Lunatic asylums Madras 1877-1891 - 1877-1891
Year: 1877
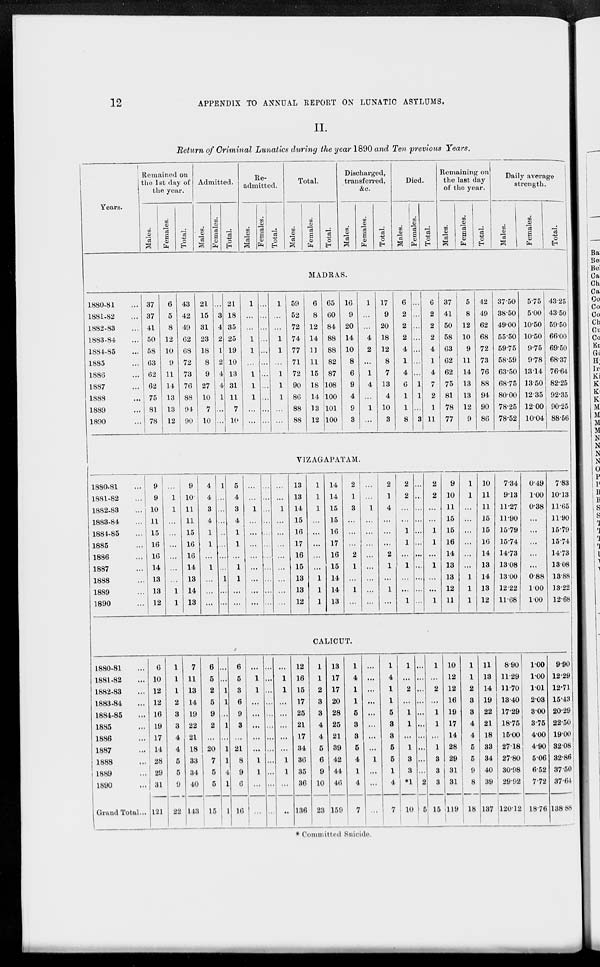
12
APPENDIX TO ANNUAL REPORT ON LUNATIC ASYLUMS.
II.
Return of Criminal Lunatics during the year 1890 and Ten previous Years.
Years.
Remained on
the 1st day of
the year.
Males.
Females.
Total.
Admitted.
Males.
females.
Total.
Re-
admitted.
Males.
Females.
Total.
Total.
Males.
Females.
Total.
Discharged,
transferred,
&c.
Males.
Females.
Total.
Died.
Males.
Females.
Total.
Remaining on
the last day
of the year.
Males.
Females.
Total.
Daily average
strength.
Males.
Females.
Total.
MADRAS.
1880-81 ...
1881-82 ...
1882-83 ...
1883-84 ...
1884-85 ...
1885 ...
1886 ...
1887
...
1888 ...
1889 ...
1890 ...
37
37
41
50
58
63
62
62
75
81
78
6
5
8
12
10
9
11
14
13
13
12
43
42
49
62
68
72
73
76
88
94
90
21
15
31
23
18
8
9
27
10
7
10
...
3
4
2
1
2
4
4
1
...
...
21
18
35
25
19
10
13
31
11
7
10
1
...
...
1
1
...
1
1
1
...
...
...
...
...
...
...
...
...
...
...
...
...
1
...
...
1
1
...
1
1
1
...
...
59
52
72
74
77
71
72
90
86
88
88
6
8
12
14
11
11
15
18
14
13
12
65
60
84
88
88
82
87
108
100
101
100
16
9
20
14
10
8
6
9
4
9
3
1
...
...
4
2
...
1
4
...
1
...
17
9
20
18
12
8
7
13
4
10
3
6
2
2
2
4
1
4
6
1
1
8
...
...
...
...
...
...
...
1
1
...
3
6
2
2
2
4
1
4
7
2
1
11
37
41
50
58
63
62
62
75
81
78
77
5
8
12
10
9
11
14
13
13
12
9
42
49
62
68
72
73
76
88
94
90
86
37.50
38.50
49.00
55.50
59.75
58.59
63.50
68.75
80.00
78.25
78.52
5.75
5.00
10.50
10.50
9.75
9.78
13.14
13.50
12.35
12.00
10.04
43.25
43.50
59.50
66.00
69.50
68.37
76.64
82.25
92.35
90.25
88.56
VIZAGAPATAM.
1880-81 ...
1881-82 ...
1882-83 ...
1883-84 ...
1884-85 ...
1885 ...
1886 ...
1887 ...
1888 ...
1889 ...
1890 ...
9
9
10
11
15
16
16
14
13
13
12
...
1
1
...
...
...
...
...
...
1
1
9
10
11
11
15
16
16
14
13
14
13
4
4
3
4
1
1
...
1
...
...
...
1
...
...
...
..
...
...
...
1
...
...
5
4
3
4
1
1
...
1
1
...
...
...
...
1
...
...
...
...
...
...
...
...
...
...
...
...
...
...
...
...
..
..
...
...
...
1
...
...
...
...
...
. ...
...
...
13
13
14
15
16
17
16
15
13
13
12
1
1
1
...
...
...
...
. . *
1
1
1
14
14
15
15
16
17
16
15
14
14
13
2
1
3
...
...
...
2
1
...
1
...
...
...
1
...
...
...
...
...
...
...
...
2
1
4
...
...
...
2
1
...
1
...
2
2
...
...
1
1
...
1
...
...
1
...
...
...
...
...
...
...
...
...
...
...
2
2
...
...
1
1
...
1
...
...
1
9
10
11
15
15
16
14
13
13
12
11
1
1
...
...
...
...
...
...
1
1
1
10
11
11
15
15
16
14
13
14
13
12
7.34
913
11.27
11.90
15.79
15.74
14.73
1308
1300
12.22
11.68
0.49
100
0.38
...
...
...
...
...
0.88
100
100
783
1013
11.65
11.90
15.79
15.74
14.73
13.08
13.88
13.22
12.68
CALICUT.
1880.81
1881.82
1882.83
1883.84
1884.85
...
1885
1886
1887
1888
1889
1890
Grand Total...
6
10
12
12
16
19
17
14
28
29
31
121
1
1
1
2
3
3
4
4
5
5
9
22
7
11
13
14
19
22
21
18
33
34
40
143
6
5
2
5
9
2
...
20
7
5
5
15
...
...
1
1
...
1
...
1
1
4
1
1
6
5
3
6
9
3
...
21
8
9
6
16
...
1
1
...
...
...
...
...
1
1
...
...
...
...
...
...
...
...
...
...
...
...
...
...
...
1
1
...
...
...
...
...
1
1
...
...
12
16
15
17
25
21
17
34
36
35
36
136
1
1
2
3
3
4
4
5
6
9
10
23
13
17
17
20
28
25
21
39
42
44
46
159
1
4
1
1
5
3
3
6
4
1
4
7
...
...
...
...
...
...
...
...
1
...
...
...
1
4
1
1
5
8
8
6
5
1
4
7
1
...
2
...
1
1
...
1
3
3
*1
10
...
...
...
...
...
...
...
...
...
...
2
5
1
...
2
...
1
1
...
1
3
3
3
15
10
12
12
16
19
17
14
28
29
31
31
119
1
1
2
3
3
4
4
5
5
9
8
18
11
13
14
19
22
21
18
33
34
40
39
137
8.90
11.29
11.70
13.40
17.29
18.75
15.00
27.18
27.80
30.98
29.92
120.12
1.00
1.00
1.01
2.03
3.00
3.75
4.00
4.90
5.06
6.52
7.72
18.76
9.90
12.29
12.71
15.43
20.29
22.50
19.00
32.08
32.86
37.50
37.64
138.88
* Committed Suicide.